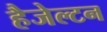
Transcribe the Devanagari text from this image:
हैजेल्टन